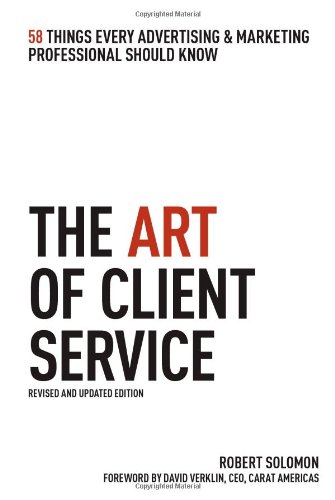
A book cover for The Art of Client Service: 58 Things Every Advertising & Marketing Professional Should Know, Revised and Updated Edition; Robert Solomon; Business & Money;